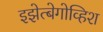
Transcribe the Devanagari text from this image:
इझेत्बेगोव्हिश